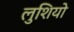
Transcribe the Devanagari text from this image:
लुशियो